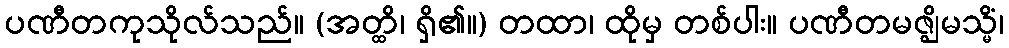
ပဏီတကုသိုလ်သည်။ (အတ္ထိ၊ ရှိ၏။) တထာ၊ ထိုမှ တစ်ပါး။ ပဏီတမဇ္ဈိမသ္မိံ၊